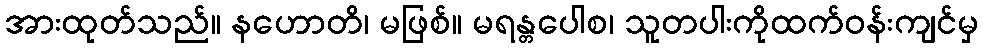
အားထုတ်သည်။ နဟောတိ၊ မဖြစ်။ မရန္တပေါစ၊ သူတပါးကိုထက်ဝန်းကျင်မှ